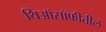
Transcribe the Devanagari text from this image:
थिऑसॉफीतील